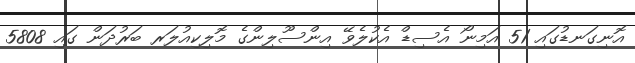
އޮނިގަނޑުގައި 51 އަމިނޯ އެސިޑް އެކުލެވޭ އިންސޫލިންގެ މޮލިކިއުލަރ ބަރުދަން ގައި 5808